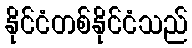
နိုင်ငံတစ်နိုင်ငံသည်